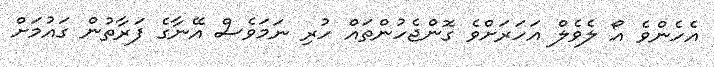
އެހެންވެ އޯ ލެވެލް އަހަރަށްވެ ގޮންޖެހުންތައް ހުރި ނަމަވެސް އޭނާގެ ފަރާތުން ގައުމަށް